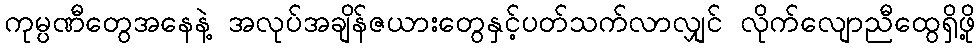
ကုမ္ပဏီတွေအနေနဲ့ အလုပ်အချိန်ဇယားတွေနှင့်ပတ်သက်လာလျှင် လိုက်လျောညီထွေရှိဖို့